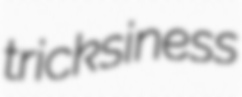
tricksiness